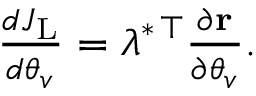
\begin{array} { r } { \frac { d J _ { \mathrm { L } } } { d \boldsymbol { \theta } _ { v } } = \boldsymbol { \lambda } ^ { * \, \top } \frac { \partial { \bf r } } { \partial \boldsymbol { \theta } _ { v } } . } \end{array}